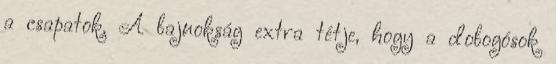
a csapatok. A bajnokság extra tétje, hogy a dobogósok